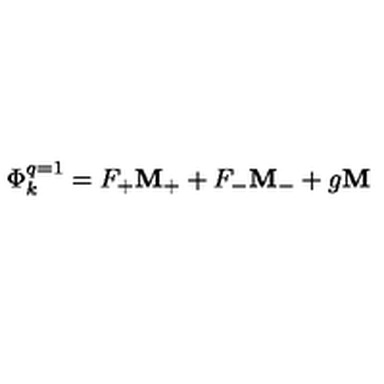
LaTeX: \Phi _ { k } ^ { q = 1 } = F _ { + } { \bf M } _ { + } + F _ { - } { \bf M } _ { - } + g { \bf M }